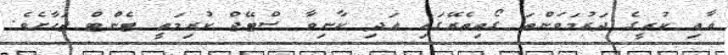
އާއި ކުރީގެ ދަރުމަވަންތަ ގޯތިތެރޭގައި އަދި ކާނިވާ ސްޓޭޖް ކުރިމަތީ ޓެންޓް ޖަހާށެވެ.